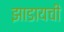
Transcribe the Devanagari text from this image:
झाडायची